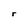
Character: r